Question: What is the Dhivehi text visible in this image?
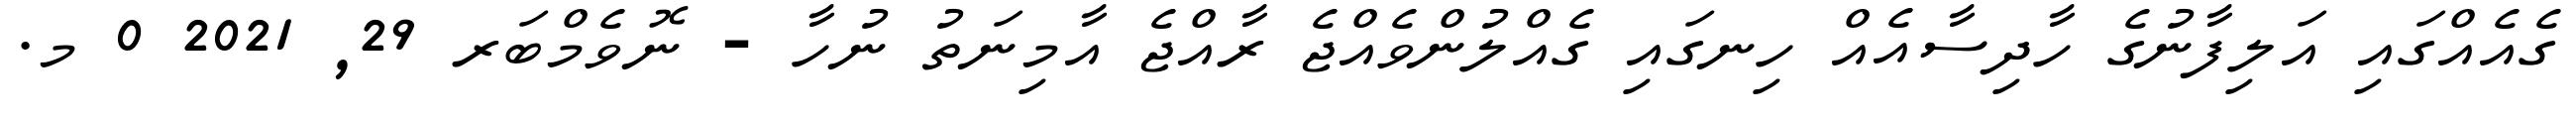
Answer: ގެއެއްގައި އަލިފާނުގެ ހާދިސާއެއް ހިނގައި ގެއްލުންވެއްޖެ ރާއްޖެ އާމިނަތު ނުހާ - ނޮވެމްބަރ 29, 2021 0 މ.